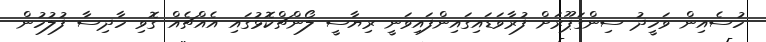
ހުސެއިން ވަހީދު ސިންގަޕޫރަށް ފުރާވަޑައިގައިންފައިވަނީ ރިޔާސީ ލޯންޗްކޮޅުގައި އެއްޗެއް ގޮވި ހާދިސާ ފުލުހުން